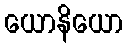
ယောနိယော